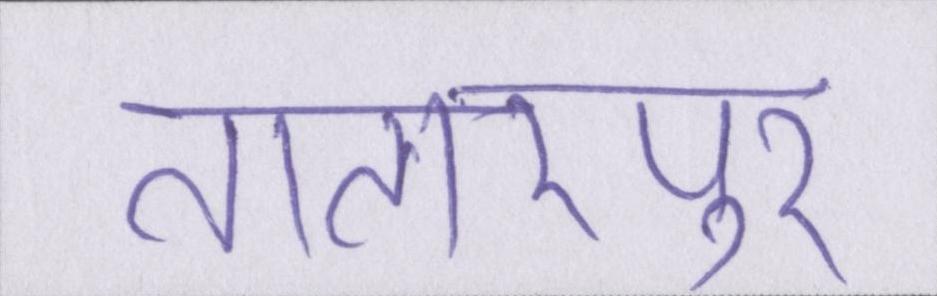
तातारपुर